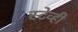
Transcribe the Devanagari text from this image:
स्टेव्ही